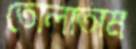
তোলাতাম